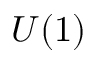
U ( 1 )